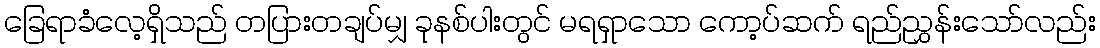
ခြေရာခံလေ့ရှိသည် တပြားတချပ်မျှ ခုနစ်ပါးတွင် မရရှာသော ကော့ပ်ဆက် ရည်ညွှန်းသော်လည်း